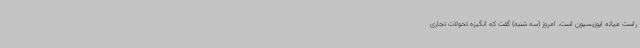
راست میانه اپوزیسیون است، امروز (سه شنبه) گفت که انگیزه تحولات تجاری